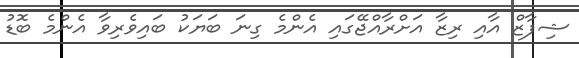
ޝިފާޒް އާއި ރިޒާ އަށްރާއްޖޭގައި އެންމެ ގިނަ ބަޔަކު ބައިވެރިވާ އެންމެ ބޮޑު